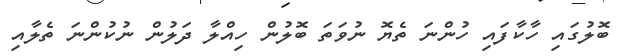
ބޮލުގައި ހާކާފައި ހުންނަ ތެޔޮ ނުވަތަ ބޮލުން ހިއްލާ ދަލުން ނުކުންނަ ތެލާއި